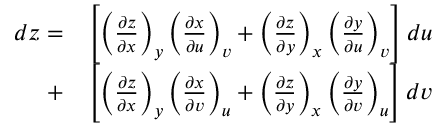
{ \begin{array} { r l } { d z = } & { \left[ \left( { \frac { \partial z } { \partial x } } \right) _ { y } \left( { \frac { \partial x } { \partial u } } \right) _ { v } + \left( { \frac { \partial z } { \partial y } } \right) _ { x } \left( { \frac { \partial y } { \partial u } } \right) _ { v } \right] d u } \\ { + } & { \left[ \left( { \frac { \partial z } { \partial x } } \right) _ { y } \left( { \frac { \partial x } { \partial v } } \right) _ { u } + \left( { \frac { \partial z } { \partial y } } \right) _ { x } \left( { \frac { \partial y } { \partial v } } \right) _ { u } \right] d v } \end{array} }